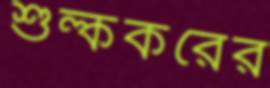
শুল্ককরের